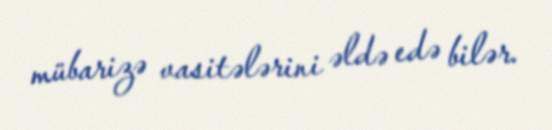
mübarizə vasitələrini əldə edə bilər.